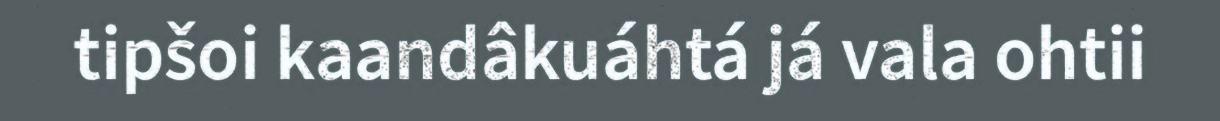
tipšoi kaandâkuáhtá já vala ohtii